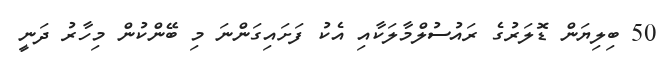
50 ބިލިޔަން ޑޮލަރުގެ ރައުސުލްމާލަކާއި އެކު ފަށައިގަންނަ މި ބޭންކުން މިހާރު ދަނީ